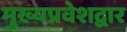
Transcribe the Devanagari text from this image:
मुख्यप्रवेशद्वार